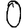
Digit: 0